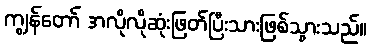
ကျွန်တော် အလိုလိုဆုံးဖြတ်ပြီးသားဖြစ်သွားသည်။